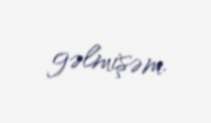
gəlmişəm.